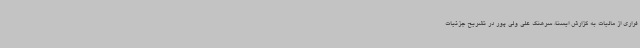
فراری از مالیات به گزارش ایسنا، سرهنگ علی ولی پور در تشریح جزئیات